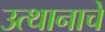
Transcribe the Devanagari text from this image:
उत्थानाचे